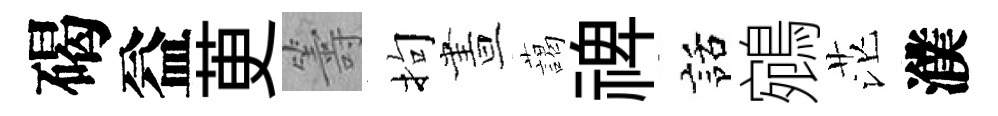
碣益茰籌拘晝藹禆話鵷茫濮